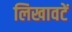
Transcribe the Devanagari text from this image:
लिखावटें